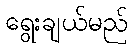
ရွေးချယ်မည်